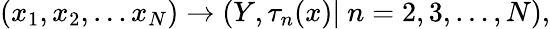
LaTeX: (x_{1},x_{2},\ldots x_{N})\rightarrow(Y,\tau_{n}(x)|\ n=2,3,\ldots,N),